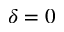
\delta = 0